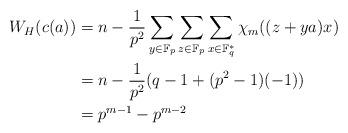
LaTeX: \begin{align*}W_H(c(a)) &=n-\frac{1}{p^2} \sum_{y \in \mathbb{F}_p} \sum_{z \in \mathbb{F}_p} \sum_{x \in \mathbb{F}_q^*}\chi_m((z+ya)x) \\&=n-\frac{1}{p^2}(q-1+(p^2-1)(-1)) \\&=p^{m-1}-p^{m-2}\end{align*}